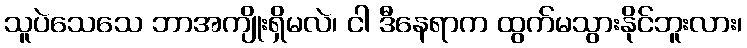
သူပဲသေသေ ဘာအကျိုးရှိမလဲ၊ ငါ ဒီနေရာက ထွက်မသွားနိုင်ဘူးလား၊